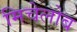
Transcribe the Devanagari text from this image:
मिचेलोब